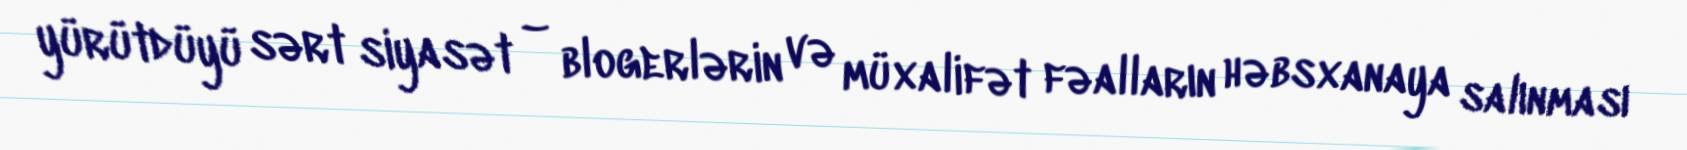
yürütdüyü sərt siyasət – blogerlərin və müxalifət fəalların həbsxanaya salınması